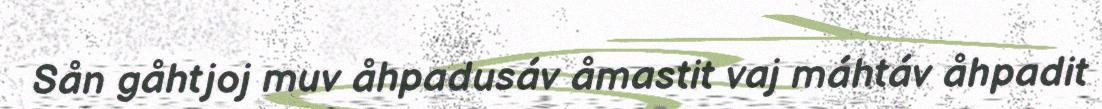
Sån gåhtjoj muv åhpadusáv åmastit vaj máhtáv åhpadit